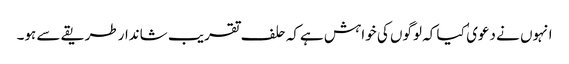
انہوں نے دعوی ٰ کیا کہ لوگوں کی خواہش ہےکہ حلف تقریب شاندارطریقے سے ہو۔